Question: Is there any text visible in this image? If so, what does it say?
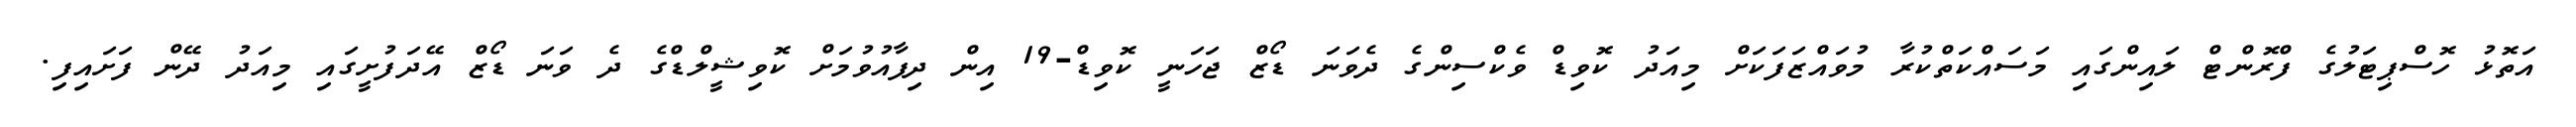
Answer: އަތޮޅު ހޮސްޕިޓަލުގެ ފްރޮންޓް ލައިންގައި މަސައްކަތްކުރާ މުވައްޒަފަކަށް މިއަދު ކޮވިޑް ވެކްސިންގެ ދެވަނަ ޑޯޒް ޖަހަނީ ކޮވިޑް-19 އިން ދިފާއުވުމަށް ކޮވިޝީލްޑްގެ ދެ ވަނަ ޑޯޒް އޭދަފުށީގައި މިއަދު ދޭން ފަށައިފި.